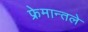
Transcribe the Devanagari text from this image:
फ्रेमान्तले